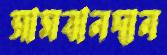
সামবানদান